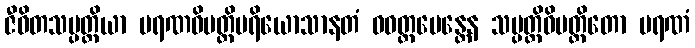
ဇီဝိတသမ္ပတ္တိယာ မရဏဝိပတ္တိပရိယောသာနတံ ဝဝတ္ထပေန္တေန သမ္ပတ္တိဝိပတ္တိတော မရဏံ